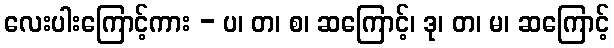
လေးပါးကြောင့်ကား - ပ၊ တ၊ စ၊ ဆကြောင့်၊ ဒု၊ တ၊ မ၊ ဆကြောင့်